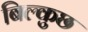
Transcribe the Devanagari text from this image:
बिल्कुछ